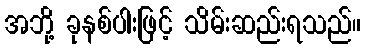
အဘို့ ခုနစ်ပါးဖြင့် သိမ်းဆည်းရသည်။